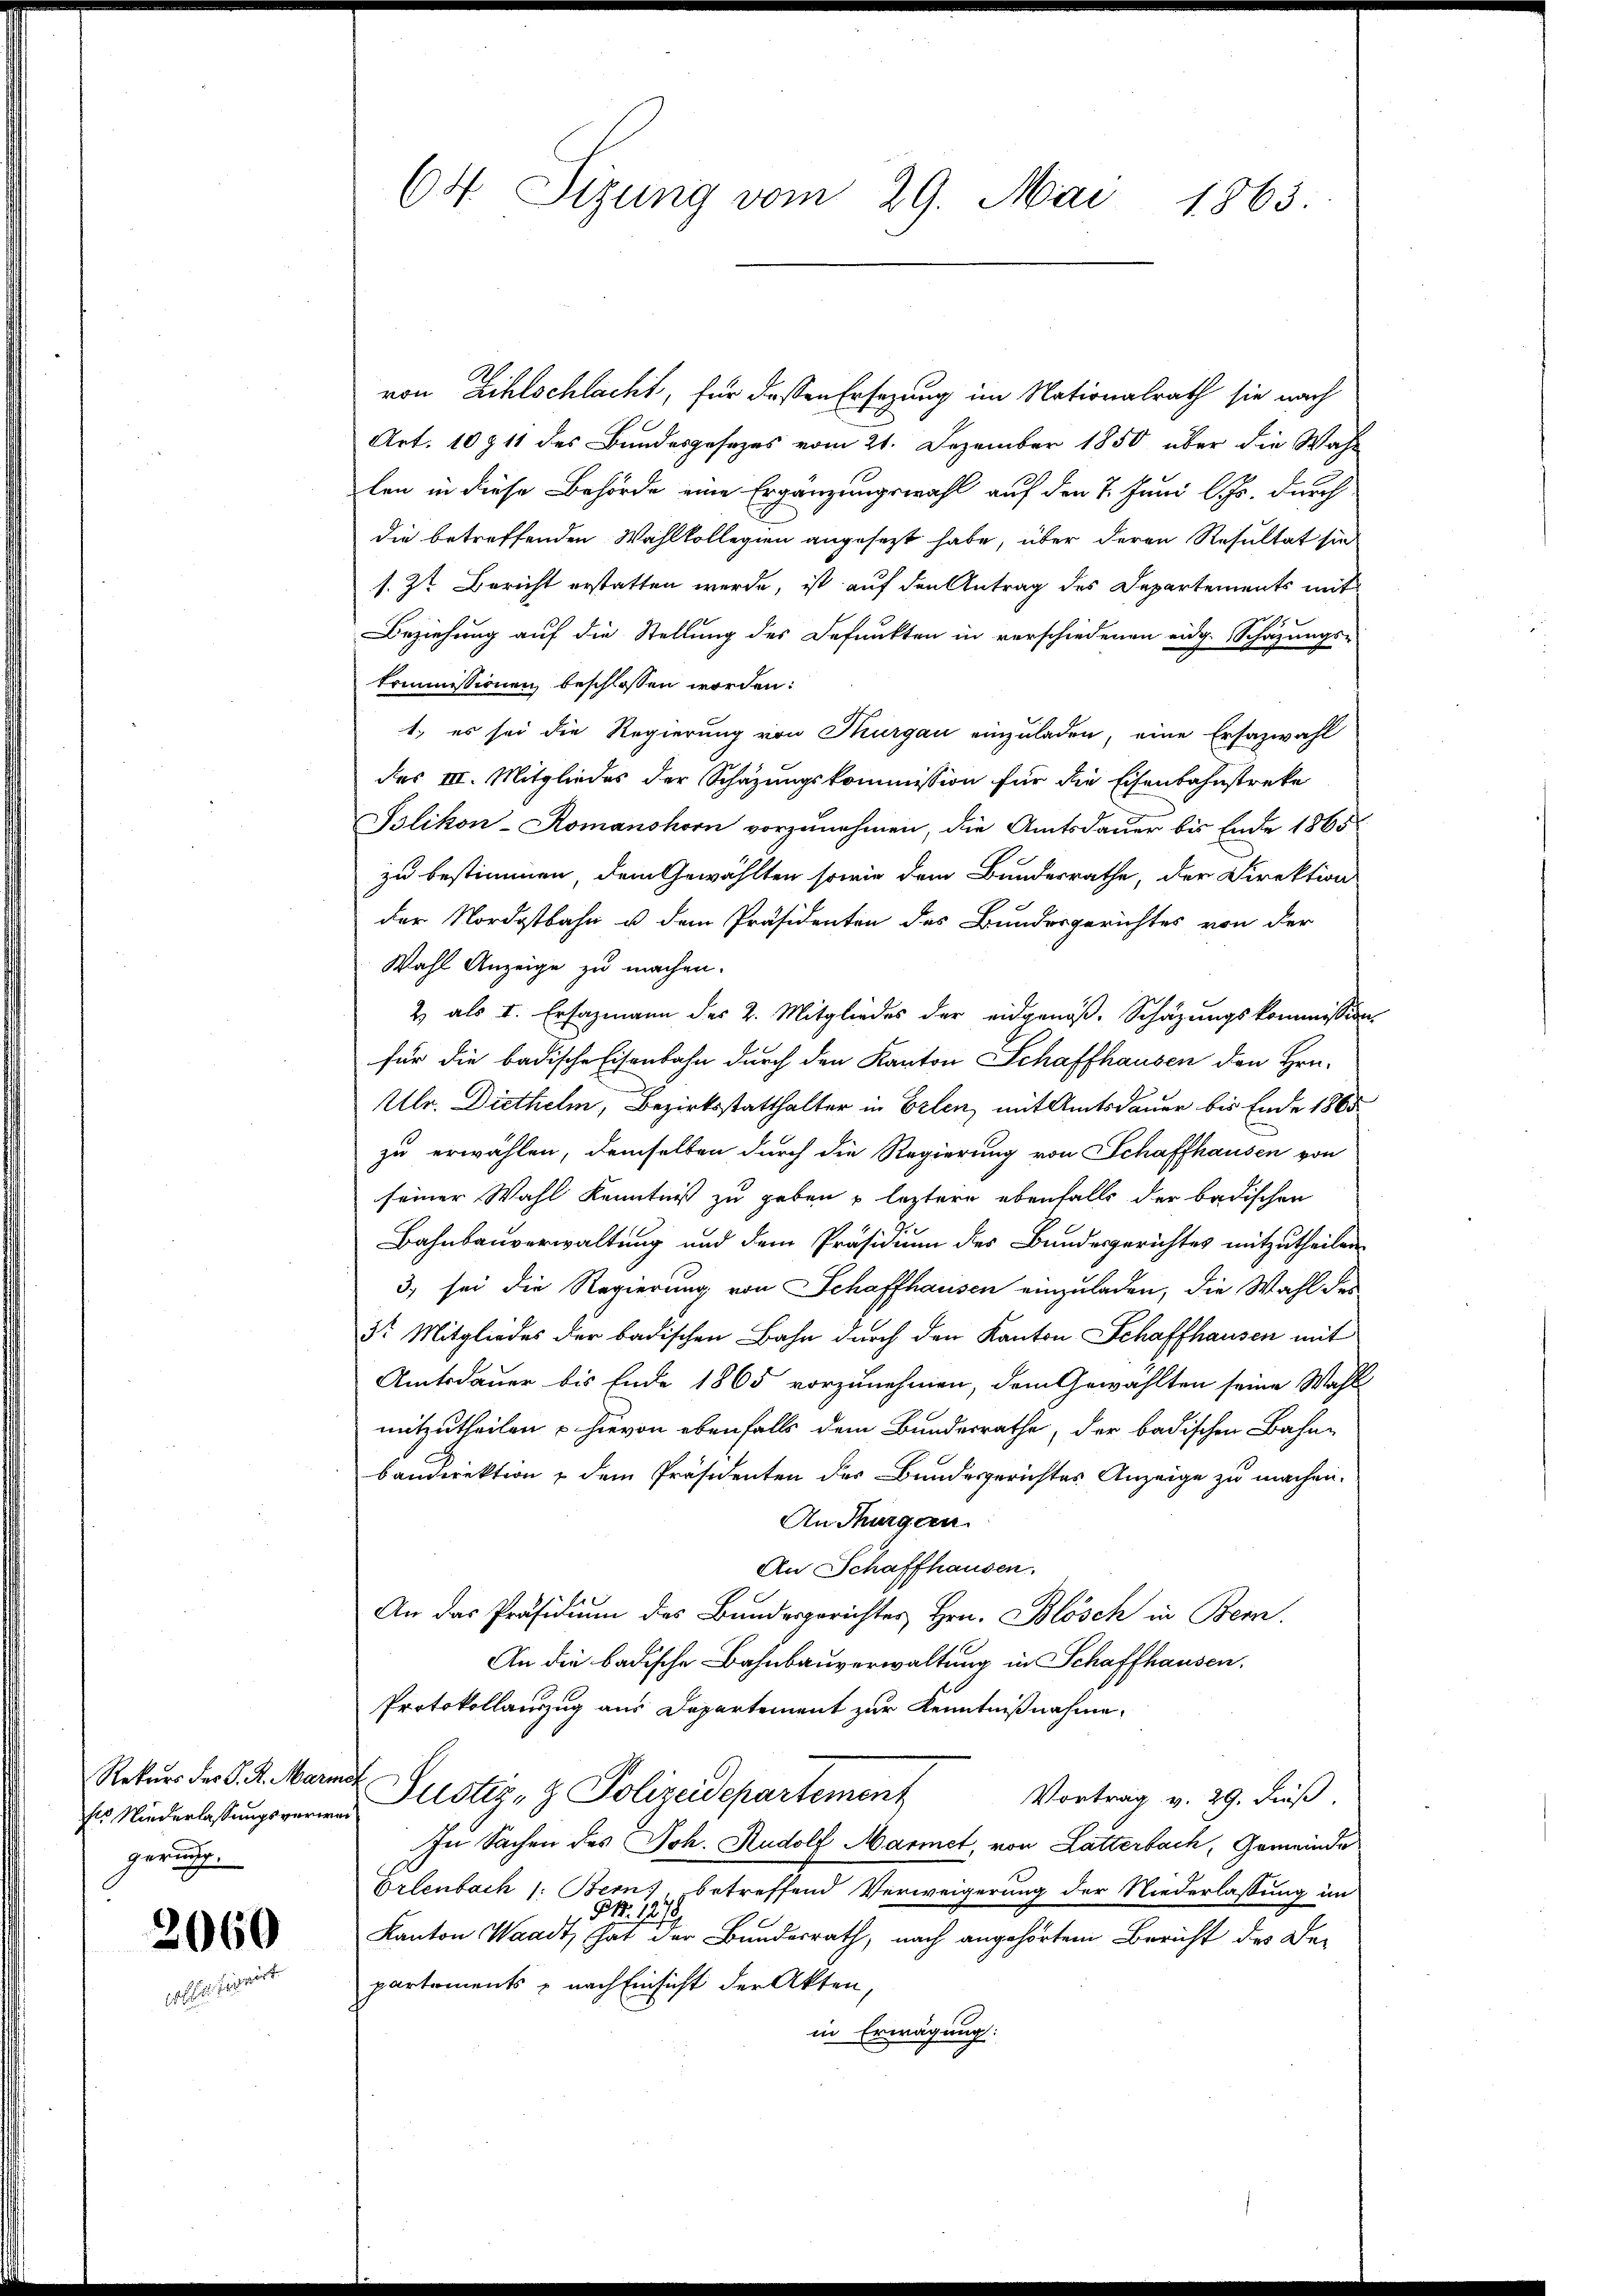
Rekurs der P. R. Marz
fls Niederlassungsverer
gerung.

2060

64. Sizung vom 29. Mai 1863.

von Zihlschlacht, für dessen Ersezung im Nationalrath sie nach
Art. 10911 des Bundesgesezes vom 21. Dezember 1850 über die Wahl
len in diese Behörde eine Ergänzungswahl auf den 7. Juni l. Js. durch
die betreffenden Wahlkollegien angesezt habe, über deren Resultat sie
s. 7t Bericht erstatten werde, ist auf den Antrag des Departements mit
Beziehung auf die Stellung des Defunkten in verschiedenen eidg. Schazungs-
kommissionen beschlossen worden:
1., es sei die Regierung von Thurgau einzuladen, eine Ersazwahl
des III. Mitgliedes der Schazungskommission für die Eisenbahnstreke
Islikon-Romanshorn vorzunehmen, die Amtsdauer bis Ende 1865
zu bestimmen, dem Gewählten sowie dem Bundesrathe, der Direktion
der Nordostbahn u dem Präsidenten des Bundesgerichtes von der
Wahl Anzeige zu machen.
2 als I. Ersazmann des 2. Mitgliedes der eidgenöβ- Schäzŭngskommission
für die badische Eisenbahn durch den Kanton Schaffhausen den Hrn.
Ulr. Diethelm, Bezirksstatthalter in Erlen, mit Amtsdauer bis Ende 1865
zu erwählen, demselben durch die Regierung von Schaffhausen von
seiner Wahl Kenntniß zu geben u leztere ebenfalls der badischen
Bahnbauverwaltung und dem Präsidium des Bundesgerichtes mitzutheilen
3) sei die Regierung von Schaffhausen einzuladen, die Wahl des
3r Mitgliedes der badischen Bahn durch den Kanton Schaffhausen mit
Amtsdauer bis Ende 1865 vorzunehmen, dem Gewählten seine Wahl
mitzutheilen u hievon ebenfalls dem Bundesrathe, der badischen Bahn-
baudirektion & dem Präsidenten des Bundesgerichtes Anzeige zu machen.
An Turgern.
An Schaffhausen.
An das Präsidium des Bundesgerichtes Hrn. Blösch in Bern,
An die badische Bahnbauverwaltung in Schaffhausen.
Protokollauszug aus Departement zur Kenntnißnahme,
2. Justiz- & Polizeidepartement
Vortrag v. 29. dieß.
In Sachen des Joh. Rudolf Marmet, von Latterbach, Gemeinde
Erlenbach 1: Bern betreffend Verweigerung der Niederlassung im
NNo. 12
Kanton Waadt, hat der Bundesrath, nach angehörtem Bericht des Bepartements - nach Einsicht der Akten,
in Erwägung: